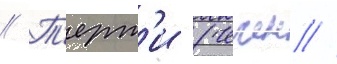
// Т'ерт'и (чечен //